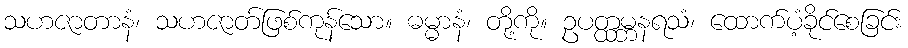
သဟဇာတာနံ၊ သဟဇာတ်ဖြစ်ကုန်သော။ ဓမ္မာနံ၊ တို့ကို။ ဥပတ္ထမ္ဘနရသံ၊ ထောက်ပံ့ခိုင်စေခြင်း